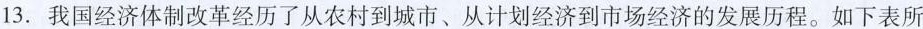
13.我国经济体制改革经历了从农村到城市、从计划经济到市场经济的发展历程。如下表所